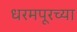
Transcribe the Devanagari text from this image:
धरमपूरच्या